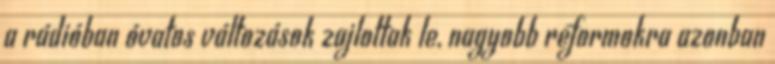
a rádióban óvatos változások zajlottak le, nagyobb reformokra azonban